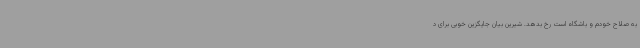
به صلاح خودم و باشگاه است رخ بدهد. شیرین بیان جایگزین خوبی برای د